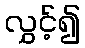
လွှင့်၍